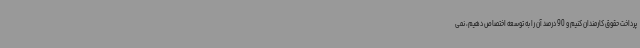
پرداخت حقوق کارمندان کنیم و 90 درصد آن را به توسعه اختصاص دهیم، نمی